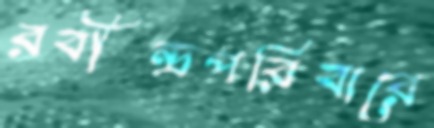
রবীন্দ্রপরিবারে